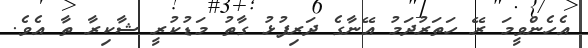
އެހެންވީމަ ރޭ ހަތަރުދަމު އޭނާގެ ދަރިފުޅު ގާތު މަޑުކުރީ ޝާކިރާ ތާ އެވެ.